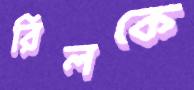
রিলকে